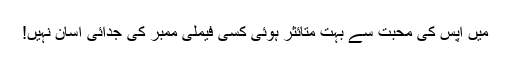
میں آپس کی محبت سے بہت متائثر ہوئی کسی فیملی ممبر کی جدائی آسان نہیں!